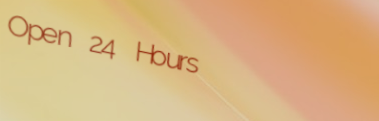
Open 24 Hours